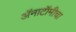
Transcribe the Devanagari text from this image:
अॅनाटॉमीचा